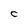
Character: c